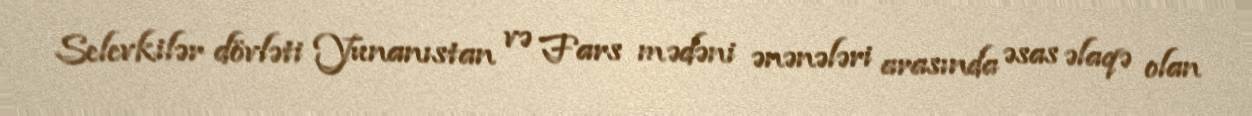
Selevkilər dövləti Yunanıstan və Fars mədəni ənənələri arasında əsas əlaqə olan